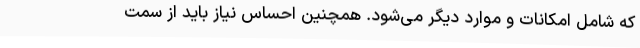
که شامل امکانات و موارد دیگر می‌شود. همچنین احساس نیاز باید از سمت